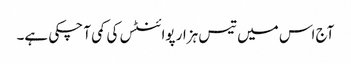
آج اس میں تیس ہزار پوائنٹس کی کمی آ چکی ہے۔